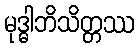
မုဒ္ဓါဘိသိတ္တဿ